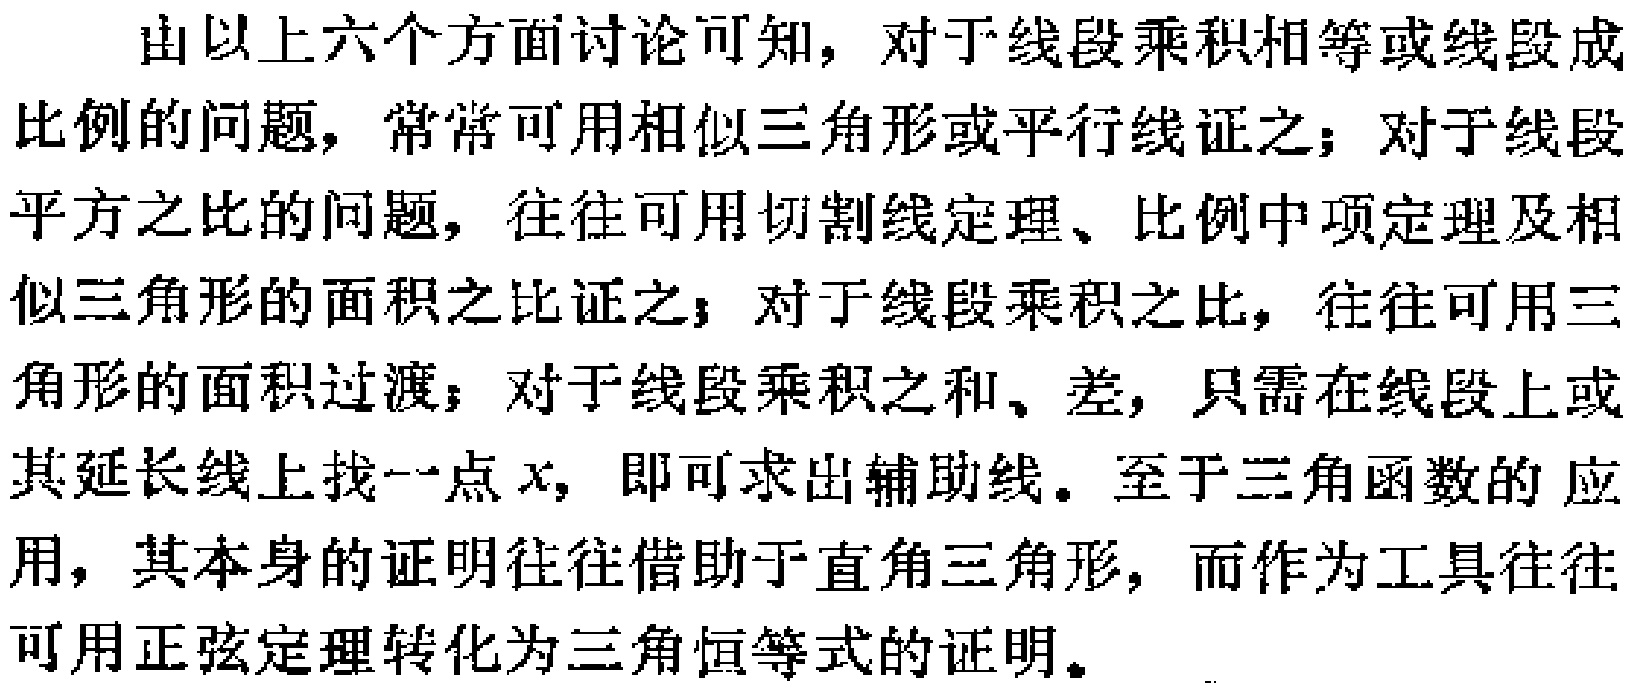
由以上六个方面讨论可知，对于线段乘积相等或线段成比例的问题，常常可用相似三角形或平行线证之；对于线段平方之比的问题，往往可用切割线定理、比例中项定理及相似三角形的面积之比证之；对于线段乘积之比，往往可用三角形的面积过渡；对于线段乘积之和、差，只需在线段上或其延长线上找一点\(x\)，即可求出辅助线。至于三角函数的应用，其本身的证明往往借助于直角三角形，而作为工具往往可用正弦定理转化为三角恒等式的证明。